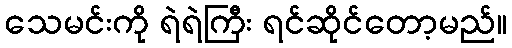
သေမင်းကို ရဲရဲကြီး ရင်ဆိုင်တော့မည်။